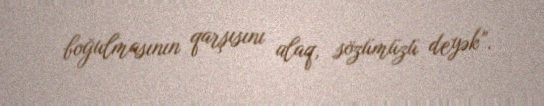
boğulmasının qarşısını alaq, sözümüzü deyək”.